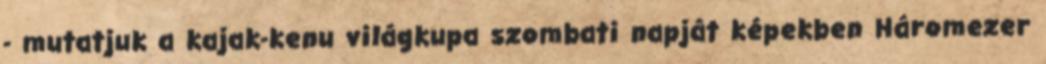
- mutatjuk a kajak-kenu világkupa szombati napját képekben Háromezer